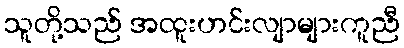
သူတို့သည် အထူးဟင်းလျာများကူညီ